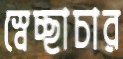
স্বেচ্ছাচার